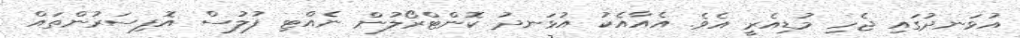
އުޅަނދުގައި ޖެހި މުޑިއެރީ އެވެ. އެއާއެކު އުޅަނދު ކޮންޓްރޯލުން ނެއްޓި ފުލުސް އޮފިސަރުންތައް